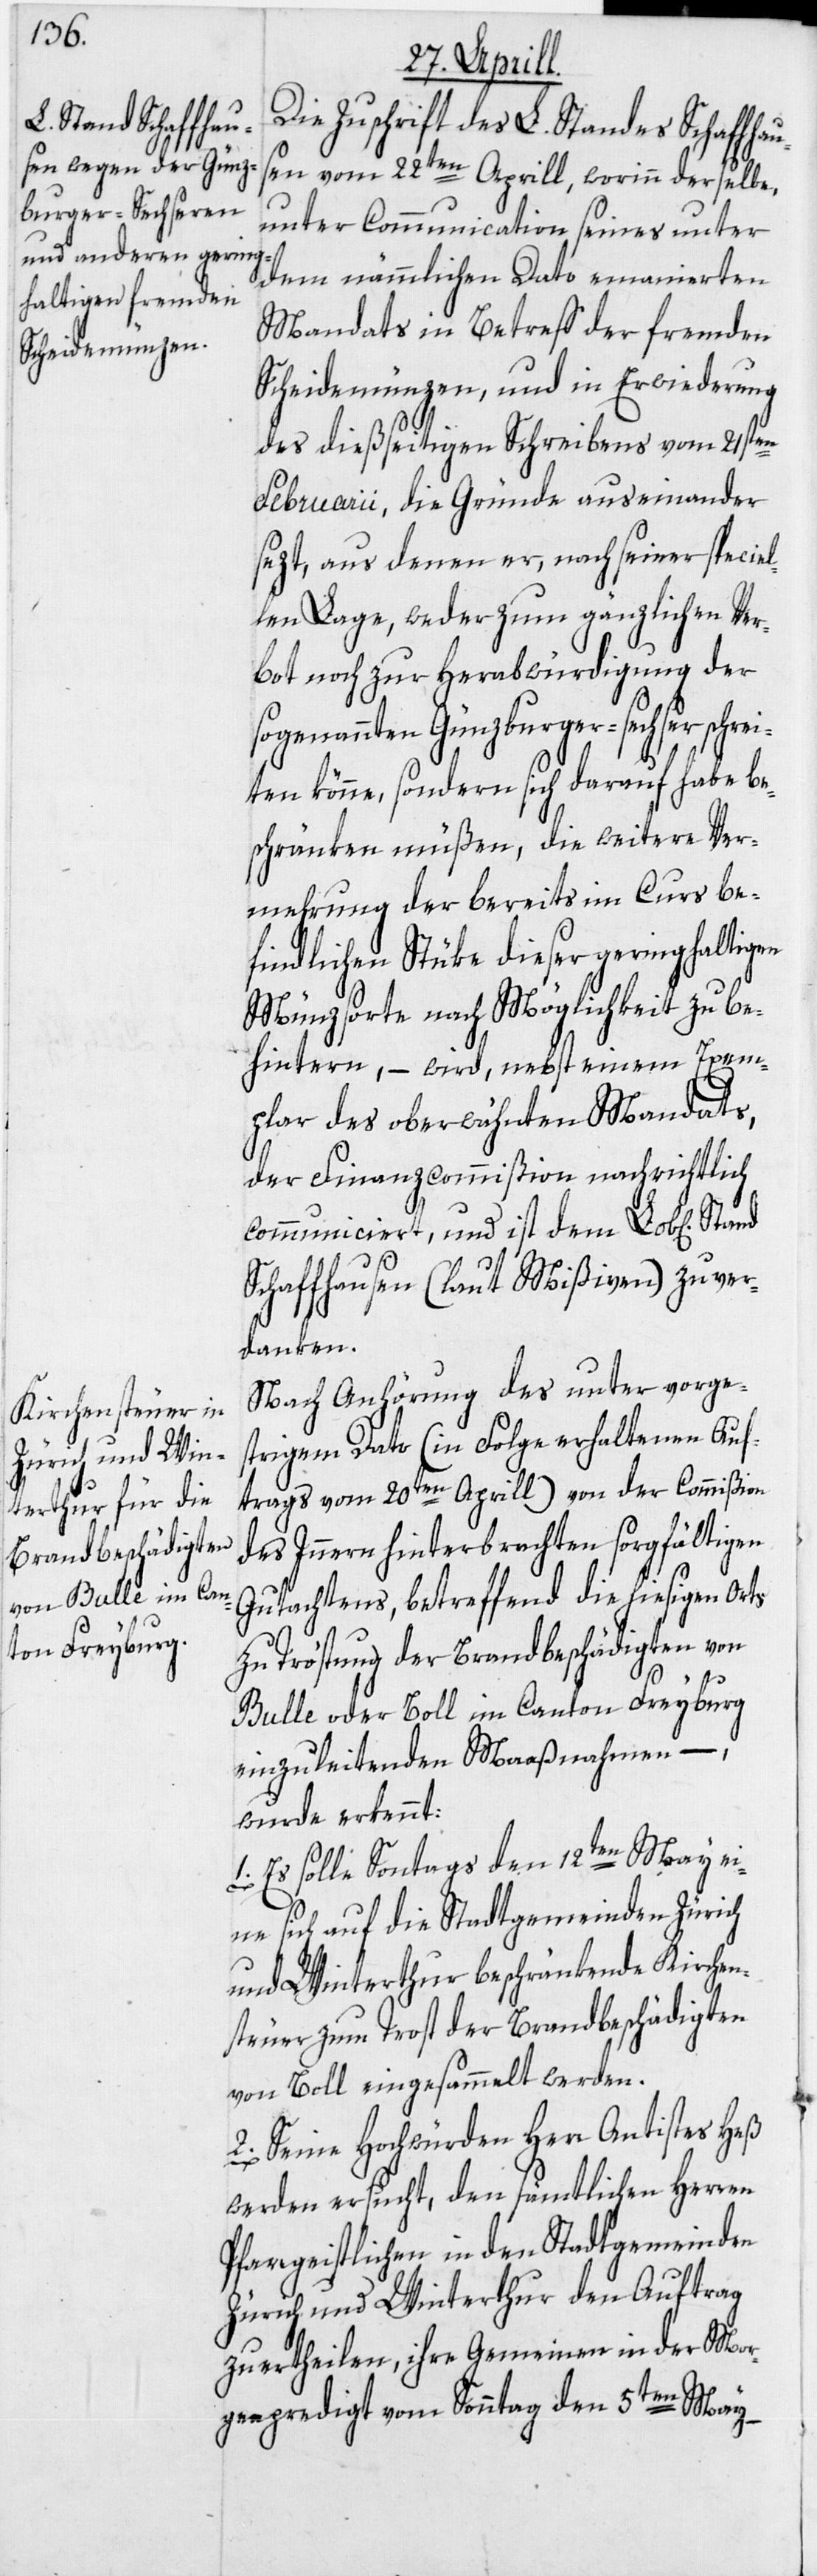
Die Zuschrift des L. Standes Schaffhau¬
sen vom 22ten Aprill, worinn derselbe,
unter Communication seines unter
dem nämmlichen Dato emanierten
Mandats in Betreff der fremden
Scheidemünzen, und in Erwiederung
des dießseitigen Schreibens vom 21sten
Februarii, die Gründe auseinander
sezt, aus denen er, nach seiner speciel¬
len Lage, weder zum gänzlichen Ver¬
bot noch zur Herabwürdigung der
sogenannten Günzburger-sechser schr¬
eiten könne, sondern sich darauf habe be¬
schränken müßen, die weitere Ver¬
mehrung der bereits im Curs be¬
findlichen Stüke dieser geringhaltigen
Münzsorte nach Möglichkeit zu be¬
hintern, – wird, nebst einem Exem¬
plar des oberwähnten Mandats,
der Finanzcommißion nachrichtlich
communiciert, und ist dem Lob[lichen]
Schaffhausen (laut Mißiven) zu ver¬
danken.
Nach Anhörung des unter vorge¬
strigem Dato (in Folge erhaltenen Auf¬
trags vom 20ten Aprill) von der Commißion
des Innern hinterbrachten sorgfältigen
Gutachtens, betreffend die hiesigen Orts
zu Tröstung der Brandbeschädigten von
Bulle oder Boll im Canton Freyburg
einzuleitenden Maaßnahmen
wurde erkennt:
1. Es solle Sonntags den 12ten May ei¬
ne sich auf die Stadtgemeinden Zürich
und Winterthur beschränkende Kirchen¬
steuer zum Trost der Brandbeschädigten
von Boll eingesammelt werden.
2. Seine Hochwürden Herr Antistes Heß
werden ersucht, den sämtlichen Herren
Pfarrgeistlichen in den Stadtgemeinden
Zürich und Winterthur den Auftrag
zu ertheilen, ihre Gemeinden in der Mor¬
genpredigt vom Sonntag den 5ten May